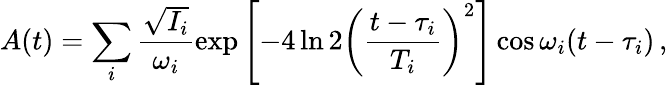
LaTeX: A(t)=\sum_{i}\frac{\sqrt{I_{i}}}{\omega_{i}}\exp\left[{-4\ln 2\left(\frac{t-\tau_{i}}{T_{i}}\right)^{2}}\right]\cos\omega_{i}(t-\tau_{i})\, ,